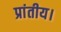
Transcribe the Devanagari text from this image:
प्रांतीय।